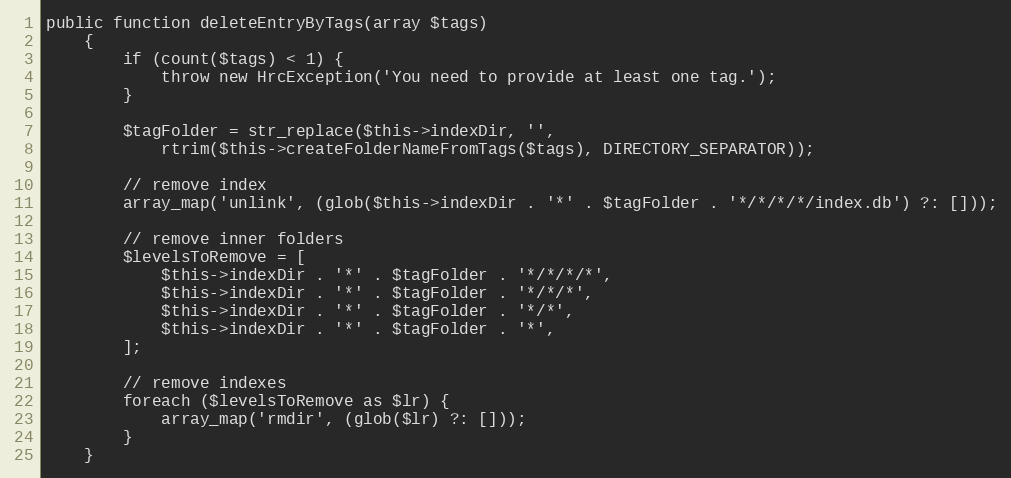
Language: PHP
public function deleteEntryByTags(array $tags)
    {
        if (count($tags) < 1) {
            throw new HrcException('You need to provide at least one tag.');
        }

        $tagFolder = str_replace($this->indexDir, '',
            rtrim($this->createFolderNameFromTags($tags), DIRECTORY_SEPARATOR));

        // remove index
        array_map('unlink', (glob($this->indexDir . '*' . $tagFolder . '*/*/*/*/index.db') ?: []));

        // remove inner folders
        $levelsToRemove = [
            $this->indexDir . '*' . $tagFolder . '*/*/*/*',
            $this->indexDir . '*' . $tagFolder . '*/*/*',
            $this->indexDir . '*' . $tagFolder . '*/*',
            $this->indexDir . '*' . $tagFolder . '*',
        ];

        // remove indexes
        foreach ($levelsToRemove as $lr) {
            array_map('rmdir', (glob($lr) ?: []));
        }
    }